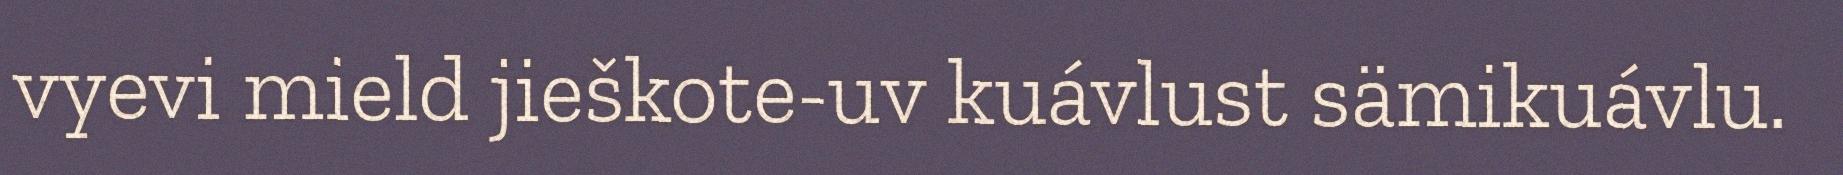
vyevi mield jieškote-uv kuávlust sämikuávlu.